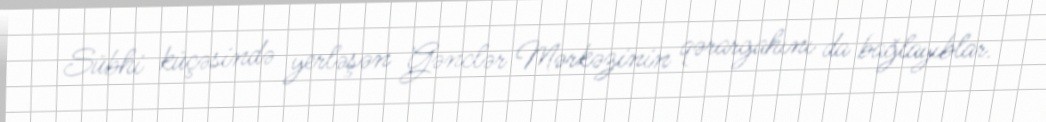
Sübhi küçəsində yerləşən Gənclər Mərkəzinin qərargahını da bağlayıblar.